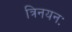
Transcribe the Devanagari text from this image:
त्रिनयनः